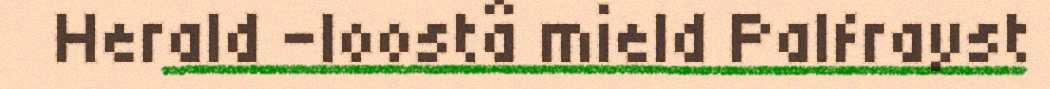
Herald -loostâ mield Palfrayst